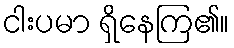
ငါးပမာ ရှိနေကြ၏။